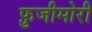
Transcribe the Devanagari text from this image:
फ़ुजीमोरी